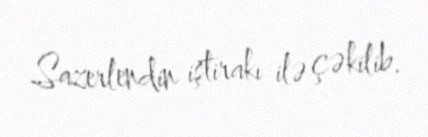
Sazerlendin iştirakı ilə çəkilib.